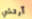
آرتشي